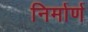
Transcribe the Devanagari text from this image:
निर्मार्ण